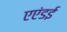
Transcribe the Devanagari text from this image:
एएंडई